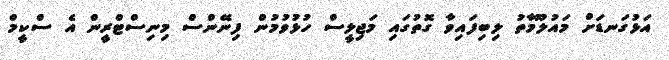
އަޅުގަނޑަށް މައުލޫމާތު ލިބިފައިވާ ގޮތުގައި މަޖިލީސް ހުޅުވުމުން ފިނޭންސް މިނިސްޓްރީން އެ ސްކީމް